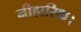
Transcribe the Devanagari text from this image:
नीहारिक।